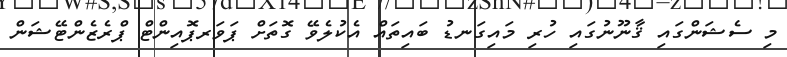
މި ސެޝަންގައި ޤާނޫނުގައި ހުރި މައިގަނޑު ބައިތައް އެކުލެވޭ ގޮތަށް ޕަވަރޕޮއިންޓް ޕްރެޒެންޓޭޝަން